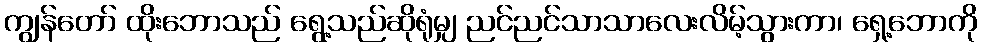
ကျွန်တော် ထိုးဘောသည် ရွေ့သည်ဆိုရုံမျှ ညင်ညင်သာသာလေးလိမ့်သွားကာ၊ ရှေ့ဘောကို